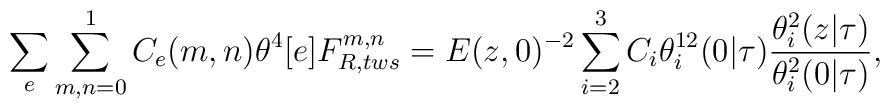
\sum_{e}\sum_{m,n=0}^{1} C_{e}(m,n)\theta^{4}[e] F_{R,tws}^{m,n}=E(z,0)^{-2}\sum_{i=2}^{3}C_{i}\theta_{i}^{12}(0|\tau)\frac{\theta^{2}_{i}(z|\tau)}{\theta_{i}^{2}(0|\tau)},